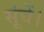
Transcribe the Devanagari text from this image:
सूंघें।